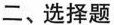
二、选择题